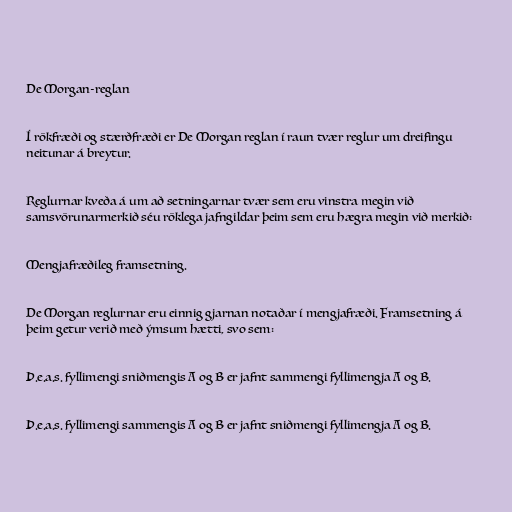
De Morgan-reglan

Í rökfræði og stærðfræði er De Morgan reglan í raun tvær reglur um dreifingu
neitunar á breytur.

Reglurnar kveða á um að setningarnar tvær sem eru vinstra megin við
samsvörunarmerkið séu röklega jafngildar þeim sem eru hægra megin við merkið:

Mengjafræðileg framsetning.

De Morgan reglurnar eru einnig gjarnan notaðar í mengjafræði. Framsetning á
þeim getur verið með ýmsum hætti, svo sem:

Þ.e.a.s. fyllimengi sniðmengis A og B er jafnt sammengi fyllimengja A og B.

Þ.e.a.s. fyllimengi sammengis A og B er jafnt sniðmengi fyllimengja A og B.